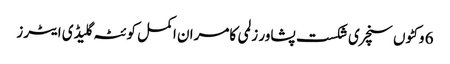
6 وکٹوں سنچری شکست پشاور زلمی کامران اکمل کوئٹہ گلیڈی ایٹرز